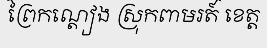
ព្រៃកណ្តៀង ស្រុកពាមរត៍ ខេត្ត